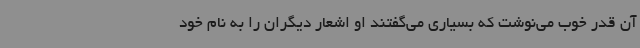
آن قدر خوب می‌نوشت که بسیاری می‌گفتند او اشعار دیگران را به نام خود